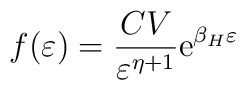
f(\varepsilon)={CV\over\varepsilon^{\eta+1} } \hbox{e}^{{\beta_H \varepsilon}}